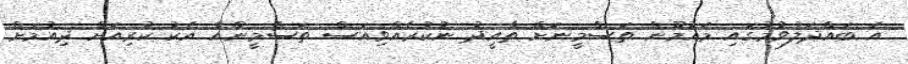
އެ ބައްދަލުވުމުގައި މައުމޫން ތަސްމީނަށް ތާއީދު ނުކުރެއްވިއަސް ތަސްމީންއާ އެކު ކުރިއަށް ދިއުމަށް